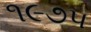
૧૯૭૫